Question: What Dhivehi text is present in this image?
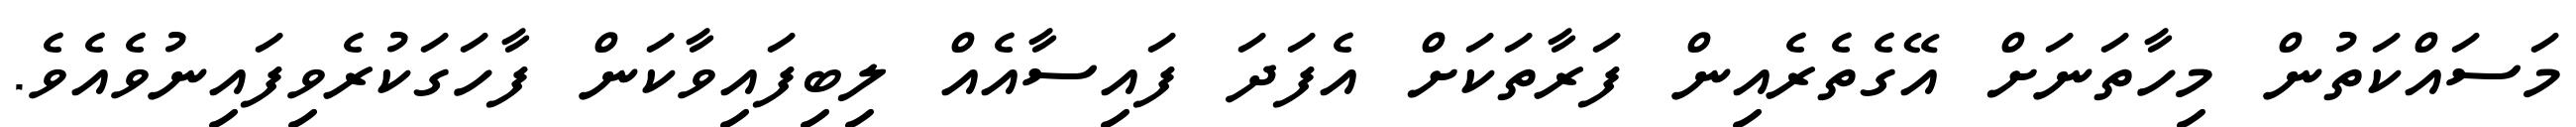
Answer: މަސައްކަތުން މިހާތަނަށް އޭގެތެރެއިން ފަރާތަކަށް އެފަދަ ފައިސާއެއް ލިބިފައިވާކަން ފާހަގަކުރެވިފައިނުވެއެވެ.